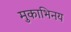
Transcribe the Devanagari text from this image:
मुकाभिनय